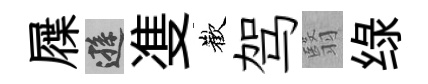
屧遜㕠歡驾翳绿